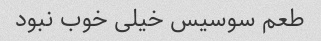
طعم سوسیس خیلی خوب نبود